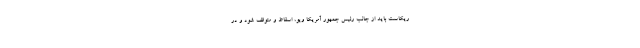
ریکاست باید از جانب رئیس جمهور آمریکا ویو، اسقاط و متوقف شود و در